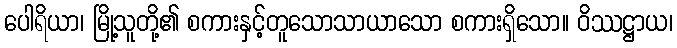
ပေါရိယာ၊ မြို့သူတို့၏ စကားနှင့်တူသောသာယာသော စကားရှိသော။ ဝိဿဋ္ဌာယ၊